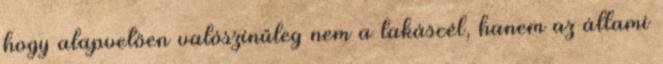
hogy alapvetően valószínűleg nem a lakáscél, hanem az állami